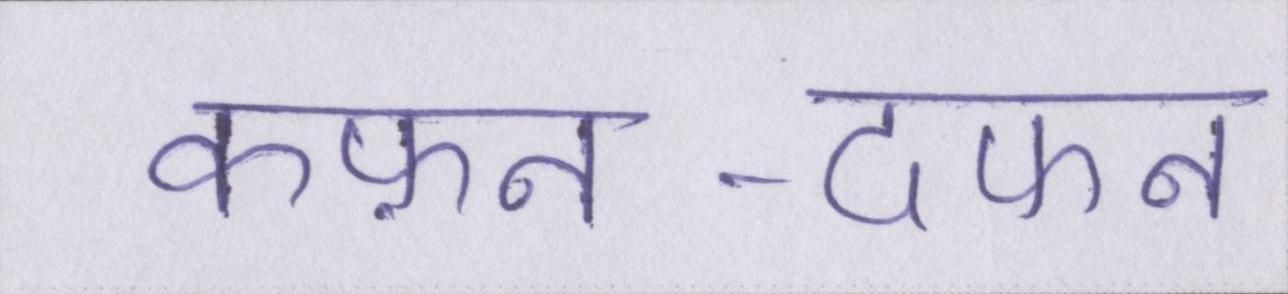
कफ़न-दफन